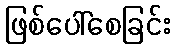
ဖြစ်ပေါ်စေခြင်း